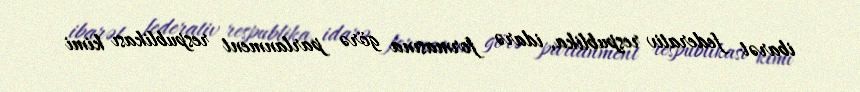
ibarət federativ respublika, idarə formasına görə parlanment respublikası kimi